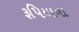
રૂપિયાના